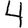
Digit: 4